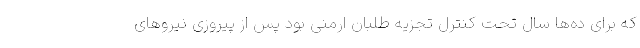
که برای ده‌ها سال تحت کنترل تجزیه طلبان ارمنی بود پس از پیروزی نیروهای